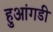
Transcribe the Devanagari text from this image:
हुआंगडी